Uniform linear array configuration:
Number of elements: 16
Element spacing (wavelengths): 0.5
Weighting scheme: hamming
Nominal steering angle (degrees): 15
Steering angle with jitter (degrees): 13.703
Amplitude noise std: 0.05
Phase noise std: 0.05

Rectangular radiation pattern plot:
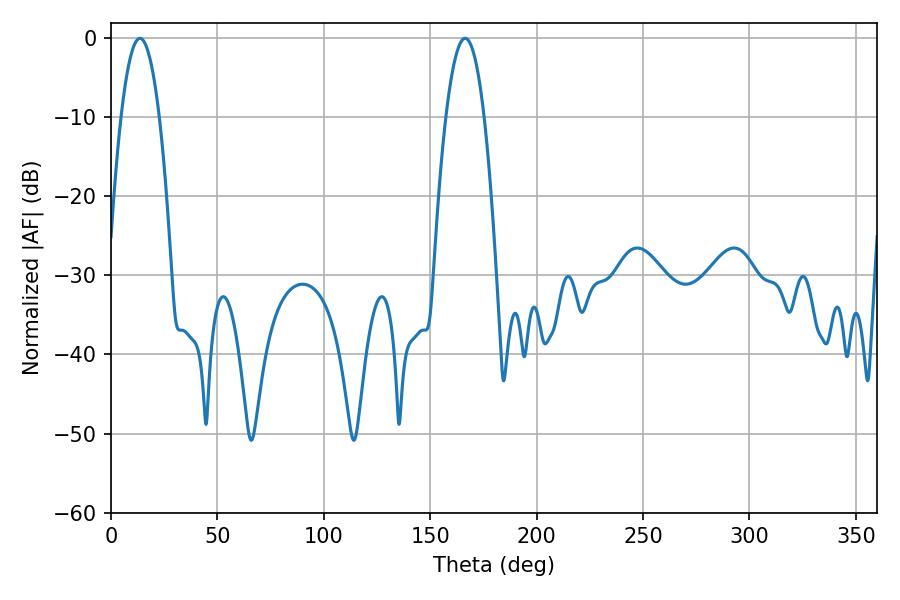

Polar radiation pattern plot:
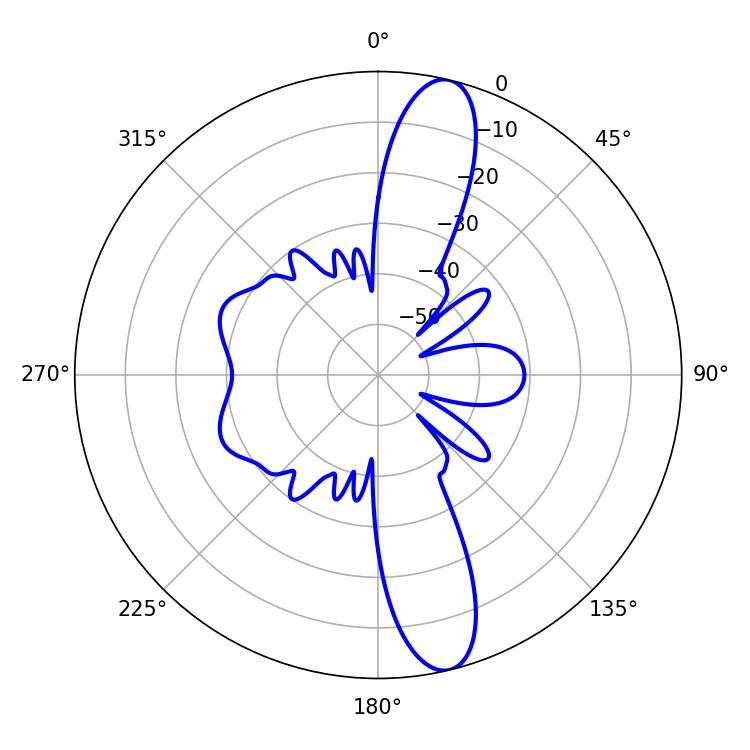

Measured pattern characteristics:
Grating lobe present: FALSE
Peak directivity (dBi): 13.684
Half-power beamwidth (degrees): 9.9
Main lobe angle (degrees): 13.68